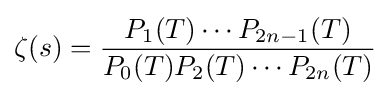
\zeta (s)={\frac {P_{1}(T)\cdots P_{2n-1}(T)}{P_{0}(T)P_{2}(T)\cdots P_{2n}(T)}}